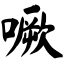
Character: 噘